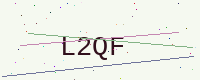
Text: L2QF